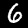
Digit: 6